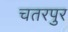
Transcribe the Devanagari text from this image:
चतरपुर